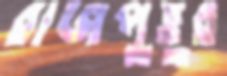
রাজপুত্তুর